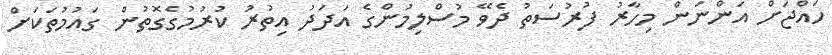
ހައްޖަށް އަންނަން މިހާރު ފުރުސަތު ދެވޭ މުސްލިމުންގެ އަދަދު އިތުރު ކުރުމުގެގޮތުން ގައުމުތަކަށް